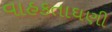
વાહકતાઘણી